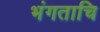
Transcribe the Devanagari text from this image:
भंगताचि